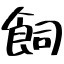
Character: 飼